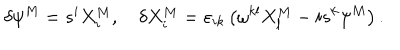
\delta \psi ^ { M } = s ^ { i } X _ { i } ^ { M } , \quad \delta X _ { i } ^ { M } = \varepsilon _ { i k } \left( \omega ^ { k l } X _ { l } ^ { M } - i s ^ { k } \psi ^ { M } \right) .